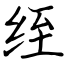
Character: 绖